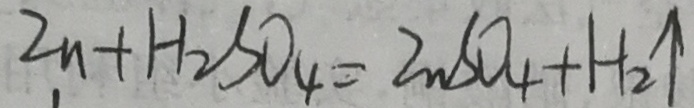
Z n + H _ { 2 } S O _ { 4 } = Z n S O _ { 4 } + H _ { 2 } \uparrow